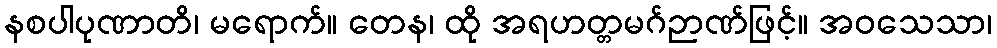
နစပါပုဏာတိ၊ မရောက်။ တေန၊ ထို အရဟတ္တမဂ်ဉာဏ်ဖြင့်။ အဝသေသာ၊